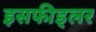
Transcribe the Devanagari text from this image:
इसफीड्लर